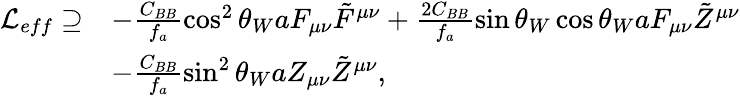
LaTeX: \begin{array}{rl}{\mathcal{L}_{eff}\supseteq}&{-\frac{C_{BB}}{f_{a}}\cos^{2}\theta_{W}aF_{\mu\nu}\tilde{F}^{\mu\nu}+\frac{2C_{BB}}{f_{a}}\sin\theta_{W}\cos\theta_{W}aF_{\mu\nu}\tilde{Z}^{\mu\nu}}\\ &{-\frac{C_{BB}}{f_{a}}\sin^{2}\theta_{W}aZ_{\mu\nu}\tilde{Z}^{\mu\nu},}\end{array}